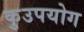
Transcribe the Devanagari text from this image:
कुउपयोग